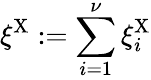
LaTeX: \xi^{\mathrm{X}}:=\sum_{i=1}^{\nu}\xi_{i}^{\mathrm{X}}